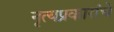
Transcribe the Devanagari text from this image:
नृत्यप्रकारांचे